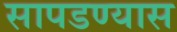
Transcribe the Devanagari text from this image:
सापडण्यास